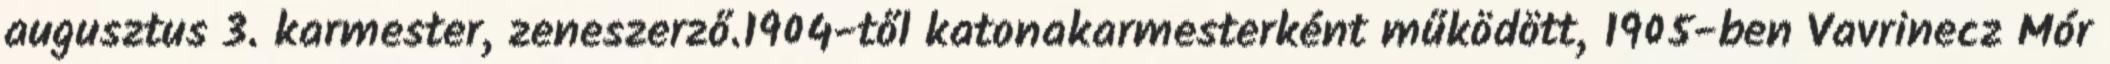
augusztus 3. karmester, zeneszerző.1904-től katonakarmesterként működött, 1905-ben Vavrinecz Mór